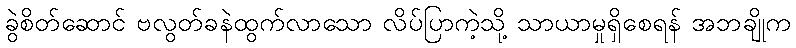
ခွဲစိတ်ဆောင် ဗလွတ်ခနဲထွက်လာသော လိပ်ပြာကဲ့သို့ သာယာမှုရှိစေရန် အဘချိုက